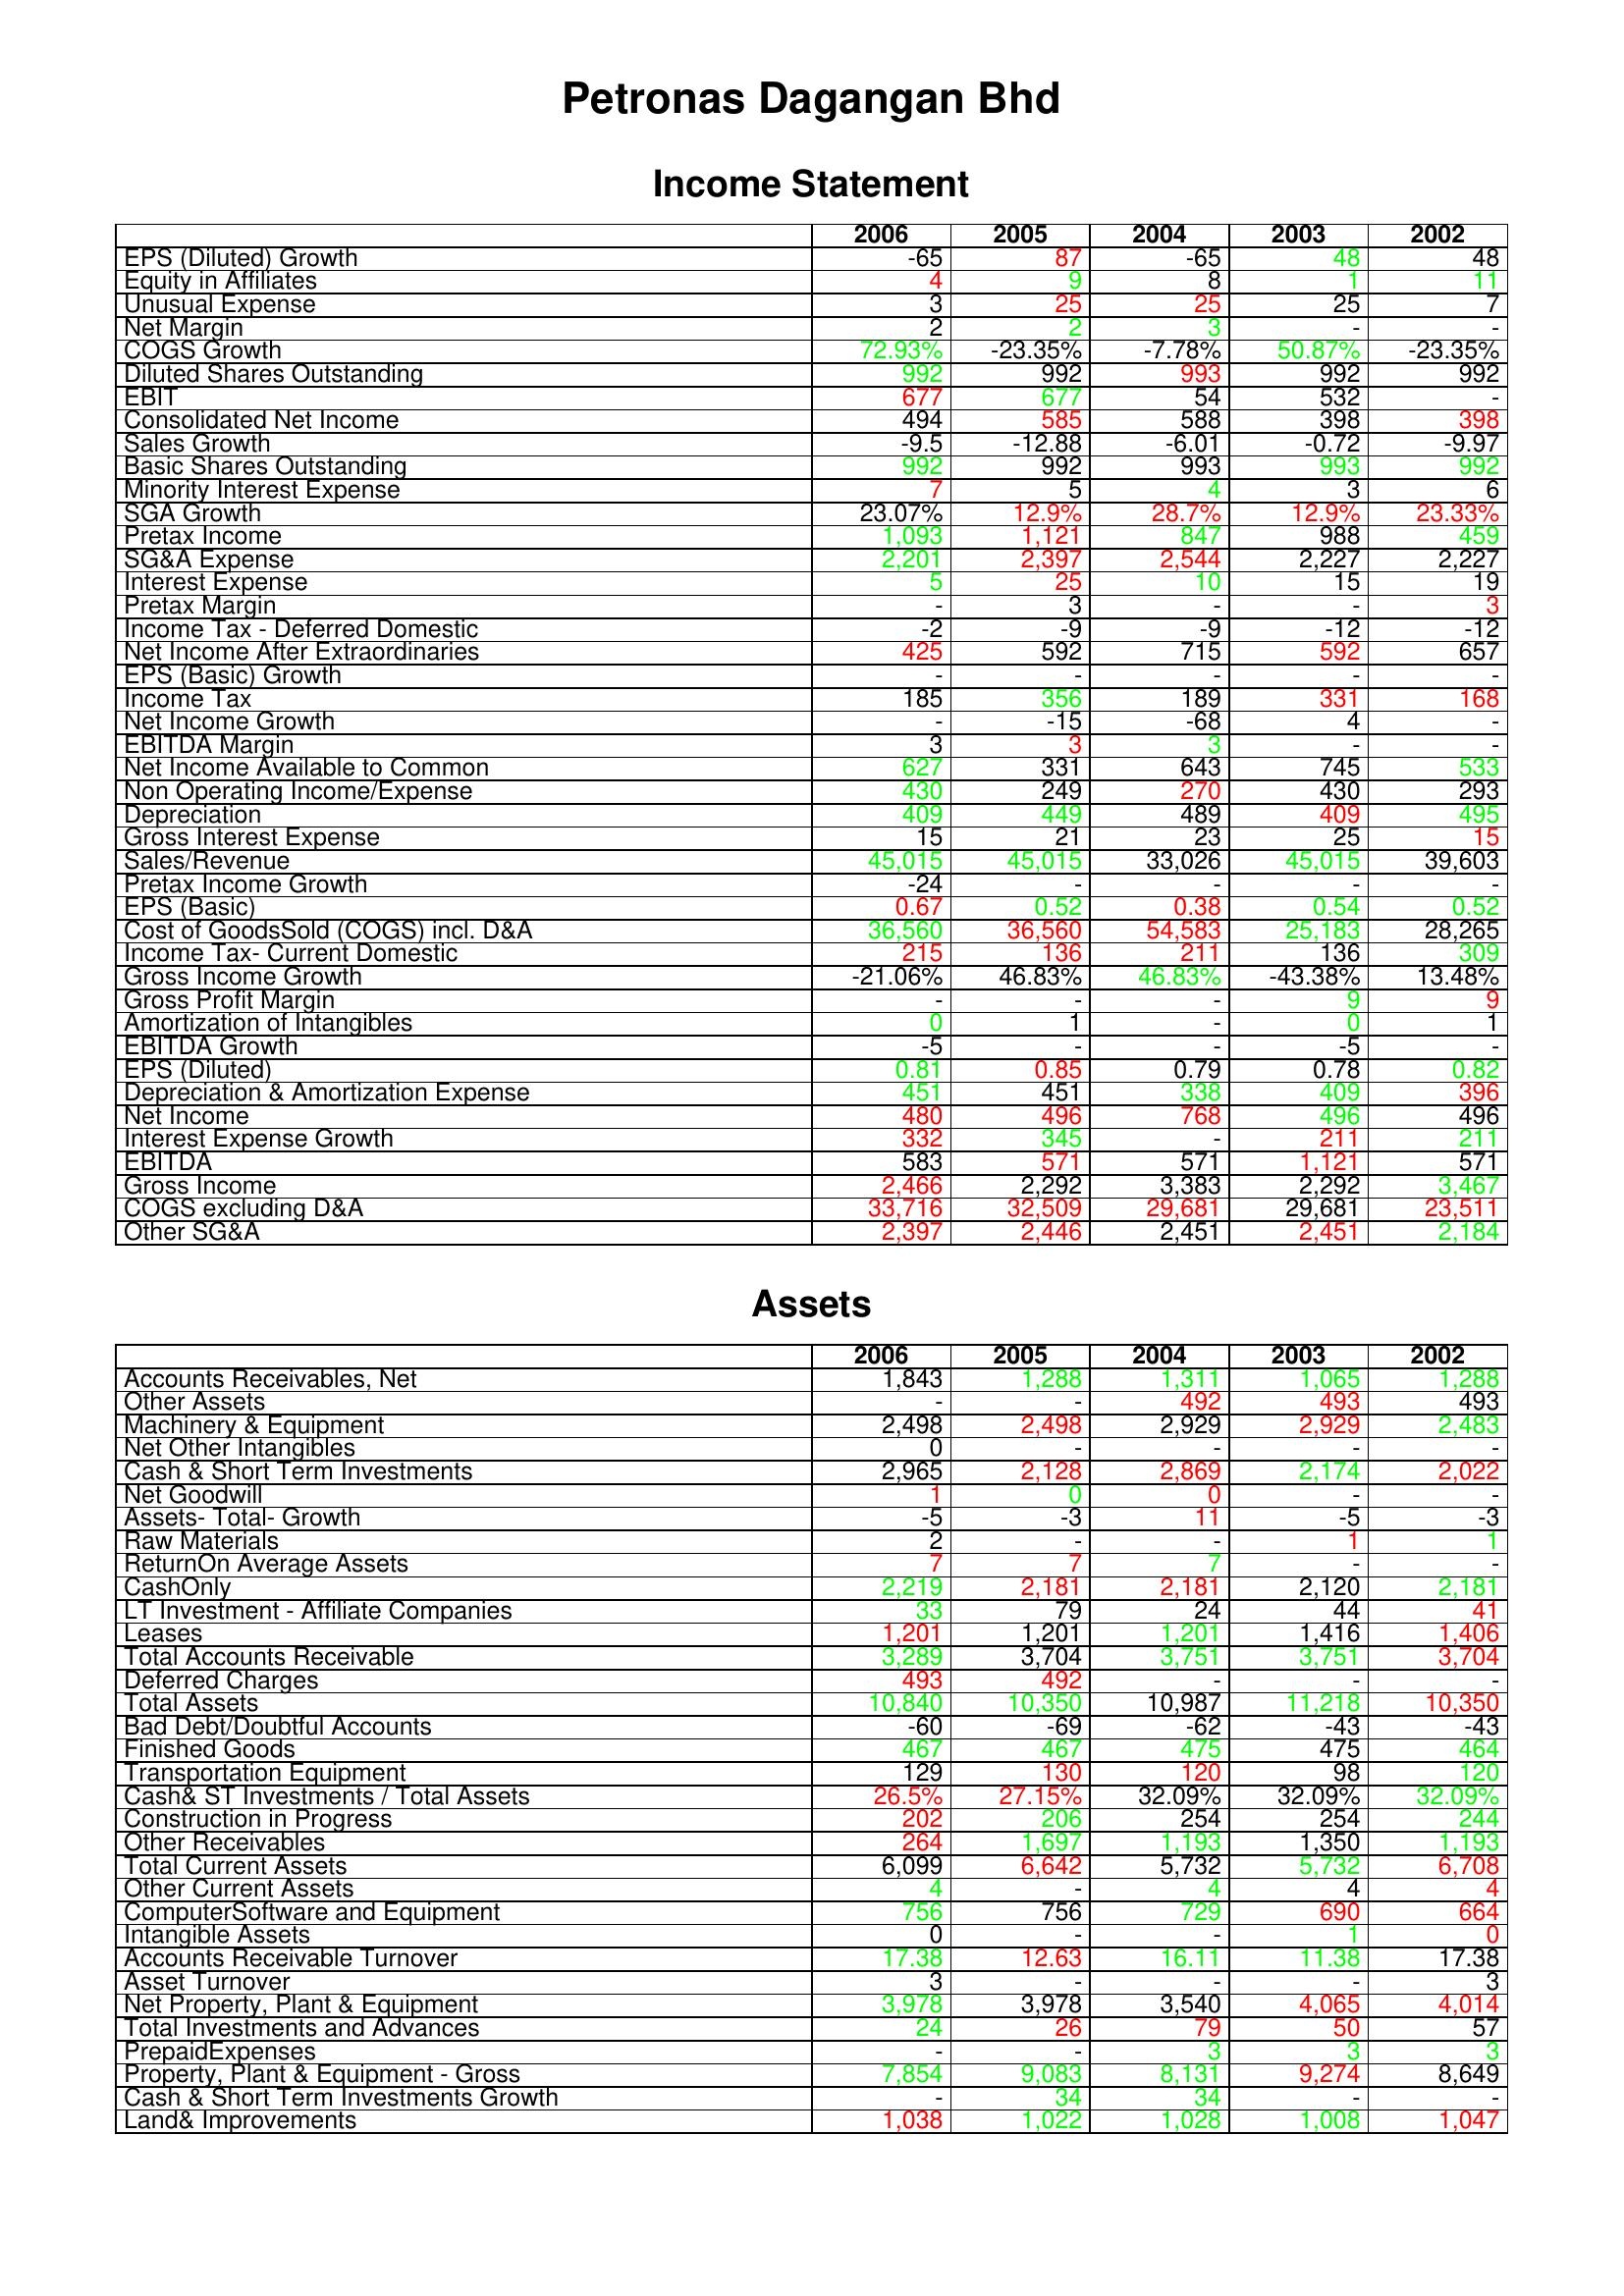
gt_parse: 2006: Income Statement: EPS (Diluted) Growth: -65
Equity in Affiliates: 4
Unusual Expense: 3
Net Margin: 2
COGS Growth: 72.93%
Diluted Shares Outstanding: 992
EBIT: 677
Consolidated Net Income: 494
Sales Growth: -9.5
Basic Shares Outstanding: 992
Minority Interest Expense: 7
SGA Growth: 23.07%
Pretax Income: 1,093
SG&A Expense: 2,201
Interest Expense: 5
Pretax Margin: -
Income Tax - Deferred Domestic: -2
Net Income After Extraordinaries: 425
EPS (Basic) Growth: -
Income Tax: 185
Net Income Growth: -
EBITDA Margin: 3
Net Income Available to Common: 627
Non Operating Income/Expense: 430
Depreciation: 409
Gross Interest Expense: 15
Sales/Revenue: 45,015
Pretax Income Growth: -24
EPS (Basic): 0.67
Cost of GoodsSold (COGS) incl. D&A: 36,560
Income Tax- Current Domestic: 215
Gross Income Growth: -21.06%
Gross Profit Margin: -
Amortization of Intangibles: 0
EBITDA Growth: -5
EPS (Diluted): 0.81
Depreciation & Amortization Expense: 451
Net Income: 480
Interest Expense Growth: 332
EBITDA: 583
Gross Income: 2,466
COGS excluding D&A: 33,716
Other SG&A: 2,397
Assets: Accounts Receivables, Net: 1,843
Other Assets: -
Machinery & Equipment: 2,498
Net Other Intangibles: 0
Cash & Short Term Investments: 2,965
Net Goodwill: 1
Assets- Total- Growth: -5
Raw Materials: 2
ReturnOn Average Assets: 7
CashOnly: 2,219
LT Investment - Affiliate Companies: 33
Leases: 1,201
Total Accounts Receivable: 3,289
Deferred Charges: 493
Total Assets: 10,840
Bad Debt/Doubtful Accounts: -60
Finished Goods: 467
Transportation Equipment: 129
Cash& ST Investments / Total Assets: 26.5%
Construction in Progress: 202
Other Receivables: 264
Total Current Assets: 6,099
Other Current Assets: 4
ComputerSoftware and Equipment: 756
Intangible Assets: 0
Accounts Receivable Turnover: 17.38
Asset Turnover: 3
Net Property, Plant & Equipment: 3,978
Total Investments and Advances: 24
PrepaidExpenses: -
Property, Plant & Equipment - Gross : 7,854
Cash & Short Term Investments Growth: -
Land& Improvements: 1,038
2005: Income Statement: EPS (Diluted) Growth: 87
Equity in Affiliates: 9
Unusual Expense: 25
Net Margin: 2
COGS Growth: -23.35%
Diluted Shares Outstanding: 992
EBIT: 677
Consolidated Net Income: 585
Sales Growth: -12.88
Basic Shares Outstanding: 992
Minority Interest Expense: 5
SGA Growth: 12.9%
Pretax Income: 1,121
SG&A Expense: 2,397
Interest Expense: 25
Pretax Margin: 3
Income Tax - Deferred Domestic: -9
Net Income After Extraordinaries: 592
EPS (Basic) Growth: -
Income Tax: 356
Net Income Growth: -15
EBITDA Margin: 3
Net Income Available to Common: 331
Non Operating Income/Expense: 249
Depreciation: 449
Gross Interest Expense: 21
Sales/Revenue: 45,015
Pretax Income Growth: -
EPS (Basic): 0.52
Cost of GoodsSold (COGS) incl. D&A: 36,560
Income Tax- Current Domestic: 136
Gross Income Growth: 46.83%
Gross Profit Margin: -
Amortization of Intangibles: 1
EBITDA Growth: -
EPS (Diluted): 0.85
Depreciation & Amortization Expense: 451
Net Income: 496
Interest Expense Growth: 345
EBITDA: 571
Gross Income: 2,292
COGS excluding D&A: 32,509
Other SG&A: 2,446
Assets: Accounts Receivables, Net: 1,288
Other Assets: -
Machinery & Equipment: 2,498
Net Other Intangibles: -
Cash & Short Term Investments: 2,128
Net Goodwill: 0
Assets- Total- Growth: -3
Raw Materials: -
ReturnOn Average Assets: 7
CashOnly: 2,181
LT Investment - Affiliate Companies: 79
Leases: 1,201
Total Accounts Receivable: 3,704
Deferred Charges: 492
Total Assets: 10,350
Bad Debt/Doubtful Accounts: -69
Finished Goods: 467
Transportation Equipment: 130
Cash& ST Investments / Total Assets: 27.15%
Construction in Progress: 206
Other Receivables: 1,697
Total Current Assets: 6,642
Other Current Assets: -
ComputerSoftware and Equipment: 756
Intangible Assets: -
Accounts Receivable Turnover: 12.63
Asset Turnover: -
Net Property, Plant & Equipment: 3,978
Total Investments and Advances: 26
PrepaidExpenses: -
Property, Plant & Equipment - Gross : 9,083
Cash & Short Term Investments Growth: 34
Land& Improvements: 1,022
2004: Income Statement: EPS (Diluted) Growth: -65
Equity in Affiliates: 8
Unusual Expense: 25
Net Margin: 3
COGS Growth: -7.78%
Diluted Shares Outstanding: 993
EBIT: 54
Consolidated Net Income: 588
Sales Growth: -6.01
Basic Shares Outstanding: 993
Minority Interest Expense: 4
SGA Growth: 28.7%
Pretax Income: 847
SG&A Expense: 2,544
Interest Expense: 10
Pretax Margin: -
Income Tax - Deferred Domestic: -9
Net Income After Extraordinaries: 715
EPS (Basic) Growth: -
Income Tax: 189
Net Income Growth: -68
EBITDA Margin: 3
Net Income Available to Common: 643
Non Operating Income/Expense: 270
Depreciation: 489
Gross Interest Expense: 23
Sales/Revenue: 33,026
Pretax Income Growth: -
EPS (Basic): 0.38
Cost of GoodsSold (COGS) incl. D&A: 54,583
Income Tax- Current Domestic: 211
Gross Income Growth: 46.83%
Gross Profit Margin: -
Amortization of Intangibles: -
EBITDA Growth: -
EPS (Diluted): 0.79
Depreciation & Amortization Expense: 338
Net Income: 768
Interest Expense Growth: -
EBITDA: 571
Gross Income: 3,383
COGS excluding D&A: 29,681
Other SG&A: 2,451
Assets: Accounts Receivables, Net: 1,311
Other Assets: 492
Machinery & Equipment: 2,929
Net Other Intangibles: -
Cash & Short Term Investments: 2,869
Net Goodwill: 0
Assets- Total- Growth: 11
Raw Materials: -
ReturnOn Average Assets: 7
CashOnly: 2,181
LT Investment - Affiliate Companies: 24
Leases: 1,201
Total Accounts Receivable: 3,751
Deferred Charges: -
Total Assets: 10,987
Bad Debt/Doubtful Accounts: -62
Finished Goods: 475
Transportation Equipment: 120
Cash& ST Investments / Total Assets: 32.09%
Construction in Progress: 254
Other Receivables: 1,193
Total Current Assets: 5,732
Other Current Assets: 4
ComputerSoftware and Equipment: 729
Intangible Assets: -
Accounts Receivable Turnover: 16.11
Asset Turnover: -
Net Property, Plant & Equipment: 3,540
Total Investments and Advances: 79
PrepaidExpenses: 3
Property, Plant & Equipment - Gross : 8,131
Cash & Short Term Investments Growth: 34
Land& Improvements: 1,028
2003: Income Statement: EPS (Diluted) Growth: 48
Equity in Affiliates: 1
Unusual Expense: 25
Net Margin: -
COGS Growth: 50.87%
Diluted Shares Outstanding: 992
EBIT: 532
Consolidated Net Income: 398
Sales Growth: -0.72
Basic Shares Outstanding: 993
Minority Interest Expense: 3
SGA Growth: 12.9%
Pretax Income: 988
SG&A Expense: 2,227
Interest Expense: 15
Pretax Margin: -
Income Tax - Deferred Domestic: -12
Net Income After Extraordinaries: 592
EPS (Basic) Growth: -
Income Tax: 331
Net Income Growth: 4
EBITDA Margin: -
Net Income Available to Common: 745
Non Operating Income/Expense: 430
Depreciation: 409
Gross Interest Expense: 25
Sales/Revenue: 45,015
Pretax Income Growth: -
EPS (Basic): 0.54
Cost of GoodsSold (COGS) incl. D&A: 25,183
Income Tax- Current Domestic: 136
Gross Income Growth: -43.38%
Gross Profit Margin: 9
Amortization of Intangibles: 0
EBITDA Growth: -5
EPS (Diluted): 0.78
Depreciation & Amortization Expense: 409
Net Income: 496
Interest Expense Growth: 211
EBITDA: 1,121
Gross Income: 2,292
COGS excluding D&A: 29,681
Other SG&A: 2,451
Assets: Accounts Receivables, Net: 1,065
Other Assets: 493
Machinery & Equipment: 2,929
Net Other Intangibles: -
Cash & Short Term Investments: 2,174
Net Goodwill: -
Assets- Total- Growth: -5
Raw Materials: 1
ReturnOn Average Assets: -
CashOnly: 2,120
LT Investment - Affiliate Companies: 44
Leases: 1,416
Total Accounts Receivable: 3,751
Deferred Charges: -
Total Assets: 11,218
Bad Debt/Doubtful Accounts: -43
Finished Goods: 475
Transportation Equipment: 98
Cash& ST Investments / Total Assets: 32.09%
Construction in Progress: 254
Other Receivables: 1,350
Total Current Assets: 5,732
Other Current Assets: 4
ComputerSoftware and Equipment: 690
Intangible Assets: 1
Accounts Receivable Turnover: 11.38
Asset Turnover: -
Net Property, Plant & Equipment: 4,065
Total Investments and Advances: 50
PrepaidExpenses: 3
Property, Plant & Equipment - Gross : 9,274
Cash & Short Term Investments Growth: -
Land& Improvements: 1,008
2002: Income Statement: EPS (Diluted) Growth: 48
Equity in Affiliates: 11
Unusual Expense: 7
Net Margin: -
COGS Growth: -23.35%
Diluted Shares Outstanding: 992
EBIT: -
Consolidated Net Income: 398
Sales Growth: -9.97
Basic Shares Outstanding: 992
Minority Interest Expense: 6
SGA Growth: 23.33%
Pretax Income: 459
SG&A Expense: 2,227
Interest Expense: 19
Pretax Margin: 3
Income Tax - Deferred Domestic: -12
Net Income After Extraordinaries: 657
EPS (Basic) Growth: -
Income Tax: 168
Net Income Growth: -
EBITDA Margin: -
Net Income Available to Common: 533
Non Operating Income/Expense: 293
Depreciation: 495
Gross Interest Expense: 15
Sales/Revenue: 39,603
Pretax Income Growth: -
EPS (Basic): 0.52
Cost of GoodsSold (COGS) incl. D&A: 28,265
Income Tax- Current Domestic: 309
Gross Income Growth: 13.48%
Gross Profit Margin: 9
Amortization of Intangibles: 1
EBITDA Growth: -
EPS (Diluted): 0.82
Depreciation & Amortization Expense: 396
Net Income: 496
Interest Expense Growth: 211
EBITDA: 571
Gross Income: 3,467
COGS excluding D&A: 23,511
Other SG&A: 2,184
Assets: Accounts Receivables, Net: 1,288
Other Assets: 493
Machinery & Equipment: 2,483
Net Other Intangibles: -
Cash & Short Term Investments: 2,022
Net Goodwill: -
Assets- Total- Growth: -3
Raw Materials: 1
ReturnOn Average Assets: -
CashOnly: 2,181
LT Investment - Affiliate Companies: 41
Leases: 1,406
Total Accounts Receivable: 3,704
Deferred Charges: -
Total Assets: 10,350
Bad Debt/Doubtful Accounts: -43
Finished Goods: 464
Transportation Equipment: 120
Cash& ST Investments / Total Assets: 32.09%
Construction in Progress: 244
Other Receivables: 1,193
Total Current Assets: 6,708
Other Current Assets: 4
ComputerSoftware and Equipment: 664
Intangible Assets: 0
Accounts Receivable Turnover: 17.38
Asset Turnover: 3
Net Property, Plant & Equipment: 4,014
Total Investments and Advances: 57
PrepaidExpenses: 3
Property, Plant & Equipment - Gross : 8,649
Cash & Short Term Investments Growth: -
Land& Improvements: 1,047